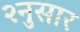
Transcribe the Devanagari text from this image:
२नुसार